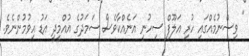
" ވިސްނުމެއްގައި ހުރި އަލޫފް ސިހުނީ އަނެއްކާވެސް ސަމަދުގެ އުއްމީދީ އަޑު އިވުމުންނެވެ.